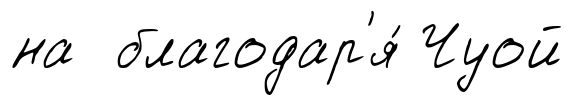
на благодар'я́ Чуой